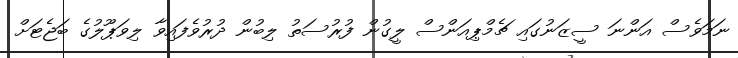
ނަމަވެސް އަންނަ ސީޒަނުގައި ޗެމްޕިއަންސް ލީގުން ފުރުސަތު ލިބުން ދުރުވެފައިވާ ލިވަޕޫލުގެ ބަޖެޓަށް